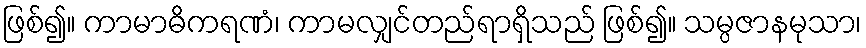
ဖြစ်၍။ ကာမာဓိကရဏံ၊ ကာမလျှင်တည်ရာရှိသည် ဖြစ်၍။ သမ္ပဇာနမုသာ၊